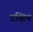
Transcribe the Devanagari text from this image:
दक्षिण